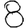
Digit: 8